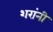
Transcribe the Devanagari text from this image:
शरांनी